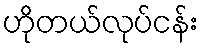
ဟိုတယ်လုပ်ငန်း